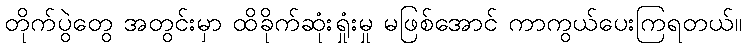
တိုက်ပွဲတွေ အတွင်းမှာ ထိခိုက်ဆုံးရှုံးမှု မဖြစ်အောင် ကာကွယ်ပေးကြရတယ်။